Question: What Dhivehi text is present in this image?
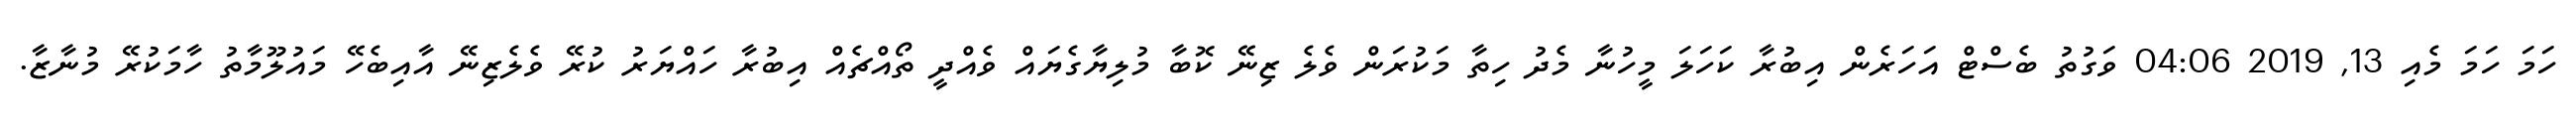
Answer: ހަމަ ހަމަ މެއި 13, 2019 04:06 ވަގުތު ބެސްޓް އަހަރެން އިބުރާ ކަހަލަ މީހުނާ މެދު ހިތާ މަކުރަން ވެލެ ޒިނޭ ކޮބާ މުލިޔާގެޔައް ވެއްދީ ތޯއްޗެއް އިބުރާ ހައްޔަރު ކުރޭ ވެލެޒިނޭ އާއިބެހޭ މައުލޫމާތު ހާމަކުރޭ މުނާޒާ.